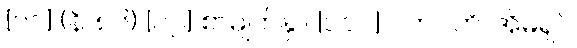
[၀၁] (နိ၊ ၈၆) [၀၂] စာမျက်နှာ [၁၁၁] ဂဟပတိ၊ အိမ်ရှင်